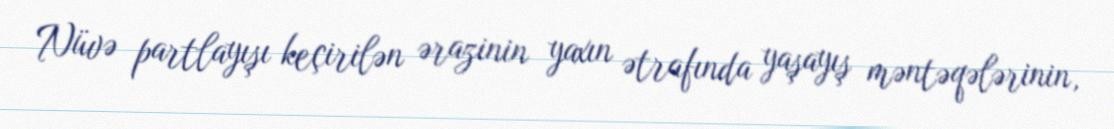
Nüvə partlayışı keçirilən ərazinin yaxın ətrafında yaşayış məntəqələrinin,